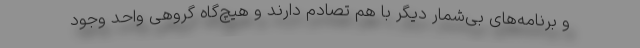
و برنامه‌های بی‌شمار دیگر با هم تصادم دارند و هیچ‌گاه گروهی واحد وجود